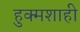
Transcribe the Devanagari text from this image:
हुक्मशाही